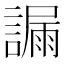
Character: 𧫞